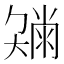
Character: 𡚂